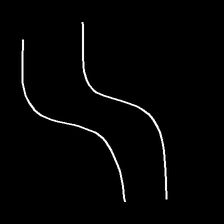
Glyph: float